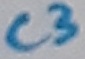
Text: C3